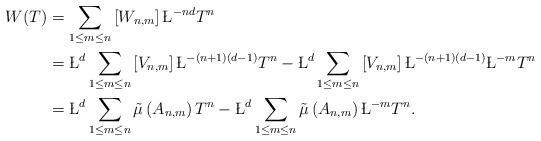
LaTeX: \begin{align*}W(T)&=\sum_{1\leq m\leq n} \left[W_{n,m}\right]\L^{-nd}T^n\\&=\L^d \sum_{1\leq m\leq n}\left[V_{n,m}\right]\L^{-(n+1)(d-1)}T^n-\L^d \sum_{1\leq m\leq n}\left[V_{n,m}\right]\L^{-(n+1)(d-1)}\L^{-m}T^n\\&=\L^d\sum_{1\leq m\leq n}\tilde{\mu}\left(A_{n,m}\right)T^n-\L^d\sum_{1\leq m\leq n}\tilde{\mu}\left(A_{n,m}\right)\L^{-m}T^n.\end{align*}